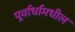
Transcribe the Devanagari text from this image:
पूर्वार्धामधील